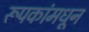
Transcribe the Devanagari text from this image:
रूपकांमधून